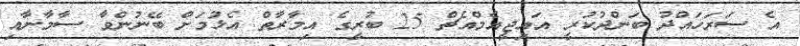
އެ ސަރަހައްދު ބަންދުކުރީ އައިޖީއެމްއެޗް 25 ބުރީގެ އިމާރާތް އެޅުމަށް ބޭނުންވާ ސާމާނާއި